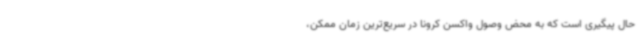
حال پیگیری است که به محض وصول واکسن کرونا در سریع‌ترین زمان ممکن،